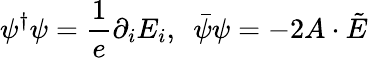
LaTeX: \psi^{\dagger}\psi=\frac{1}{e}\partial_{i}E_{i},\ \ \bar{\psi}\psi=-2A\cdot\tilde{E}